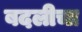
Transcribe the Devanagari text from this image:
बदलीचा